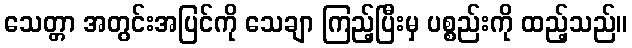
သေတ္တာ အတွင်းအပြင်ကို သေချာ ကြည့်ပြီးမှ ပစ္စည်းကို ထည့်သည်။